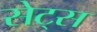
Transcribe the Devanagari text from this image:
सेट्‌स